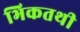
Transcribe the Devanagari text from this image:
भिकतथी